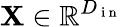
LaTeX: \mathbf{X}\in\mathbb{R}^{D_{\mathrm{~i~n~}}}